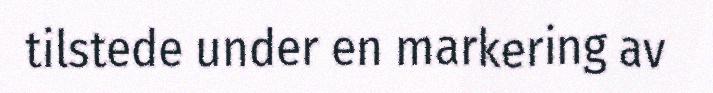
tilstede under en markering av